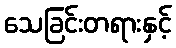
သေခြင်းတရားနှင့်